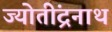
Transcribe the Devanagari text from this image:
ज्योतींद्रनाथ